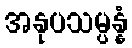
အနုပသမ္ပန္နံ